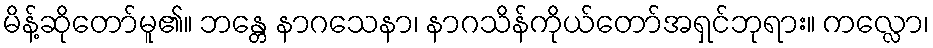
မိန့်ဆိုတော်မူ၏။ ဘန္တေ နာဂသေနာ၊ နာဂသိန်ကိုယ်တော်အရှင်ဘုရား။ ကလ္လော၊